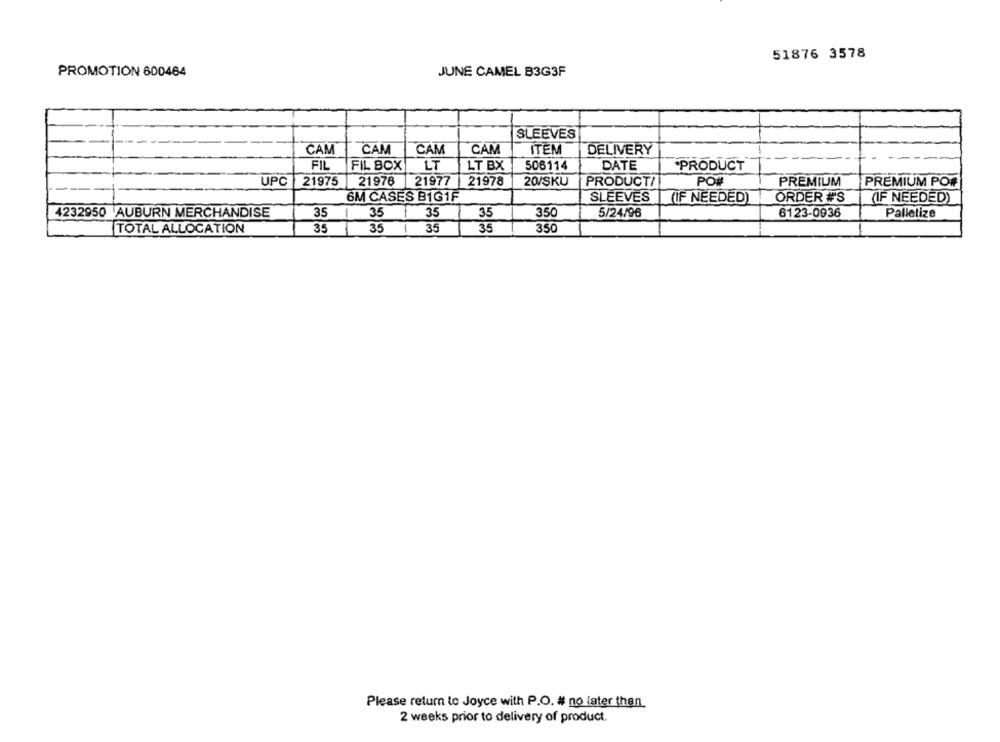
51876 3578
PROMOTION 600464
JUNE CAMEL B3G3F
SLEEVES
CAM
CAM
CAM
CAM
ITEM
DELIVERY
FIL FIL BOX
LT
LT BX
506114
DATE
PRODUCT
UPC
21975
21976
21977
21978
20/SKU
PRODUCT/
PO#
PREMIUM
PREMIUM PO#
6M CASES BIG1F
SLEEVES
(IF NEEDED)
ORDER #'S
(IF NEEDED)
4232950 AUBURN MERCHANDISE
35
35
35
35
350
5/24/96
6123-0936
Palletize
TOTAL ALLOCATION
35
35
-
35
35
350
Please return to Joyce with P.O. # no later than.
2 weeks prior to delivery of product.